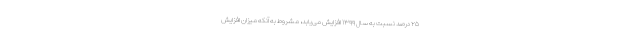
۲۵ درصد نسبت به سال ۱۳۹۹ افزایش می‌یابد، مشروط به آنکه میزان افزایش